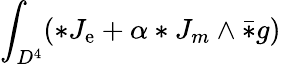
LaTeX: \int_{D^{4}}(*J_{\mathrm{e}}+\alpha*J_{m}\wedge\bar{{*}}g)